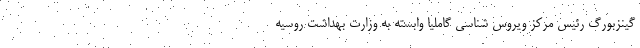
گینزبورگ رئیس مرکز ویروس شناسی گاملیا وابسته به وزارت بهداشت روسیه